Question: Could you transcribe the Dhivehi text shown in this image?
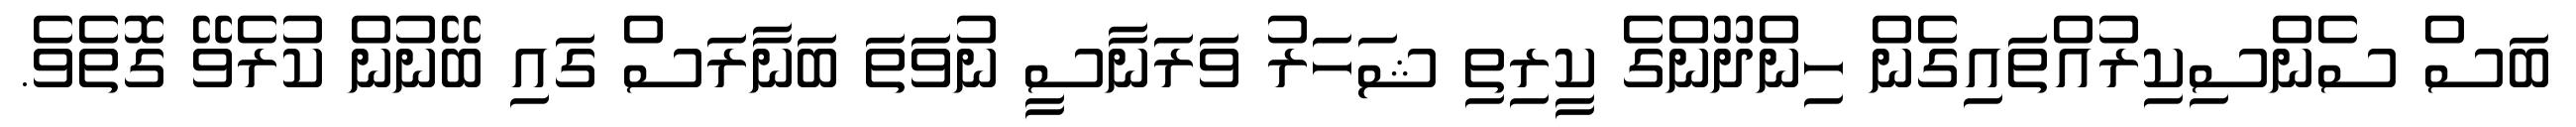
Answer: ބަސް ސެންސިކިރުއްތައިގެން ހިންދޫންގެ ކީރިތި ޝަހަރު ވަރަނާސީ ނުވަތަ ބަނާރަސް ގައި ބޭނުން ކުރެވޭ ގޮތެވެ.